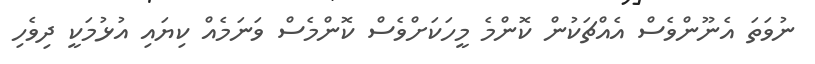
ނުވަތަ އެނޫންވެސް އެއްޗަކުން ކޮންމެ މީހަކަށްވެސް ކޮންމެސް ވަނަމެއް ކިޔައި އުޅުމަކީ ދިވެހި